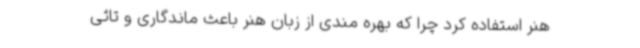
هنر استفاده کرد چرا که بهره مندی از زبان هنر باعث ماندگاری و تاثی